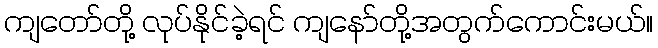
ကျတော်တို့ လုပ်နိုင်ခဲ့ရင် ကျနော်တို့အတွက်ကောင်းမယ်။